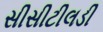
સીસીટીલડી